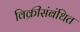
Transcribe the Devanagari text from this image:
विक्रीसंबंधित